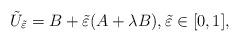
LaTeX: \begin{align*}\tilde U_{\tilde\varepsilon}=B+\tilde\varepsilon(A+\lambda B), \tilde\varepsilon\in [0,1],\end{align*}